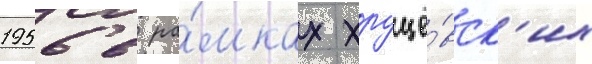
1956 в ра́мках хрущё́вск'их